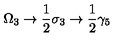
\Omega _ { 3 } \rightarrow \frac { 1 } { 2 } \sigma _ { 3 } \rightarrow \frac { 1 } { 2 } \gamma _ { 5 }